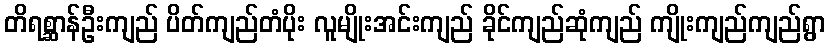
တိရစ္ဆာန်ဦးကျည် ပိတ်ကျည်တံပိုး လူမျိုးအင်းကျည် ခိုင်ကျည်ဆုံကျည် ကျိုးကျည်ကျည်ရွာ